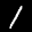
Label: 1